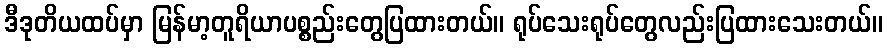
ဒီဒုတိယထပ်မှာ မြန်မာ့တူရိယာပစ္စည်းတွေပြထားတယ်။ ရုပ်သေးရုပ်တွေလည်းပြထားသေးတယ်။